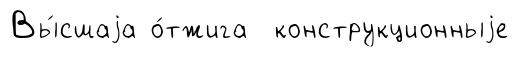
Вы́сшаjа о́тжига конструкционныjе